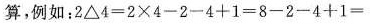
算，例如：$$2 △ 4 = 2 \times 4 - 2 - 4 + 1 = 8 - 2 - 4 + 1 =